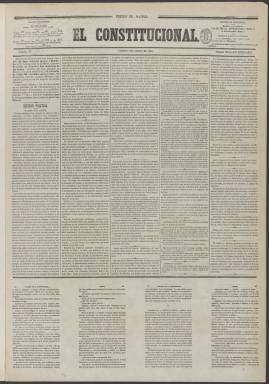
Título: El Constitucional (Madrid. 1860)
Colección: Periódicos
Ámbito geográfico: Madrid
Lugar de publicación: Madrid
Fechas: 03/08/1860-31/10/1863